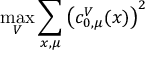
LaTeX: \operatorname * { m a x } _ { V } \sum _ { x , \mu } \left( c _ { 0 , \mu } ^ { V } ( x ) \right) ^ { 2 }